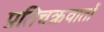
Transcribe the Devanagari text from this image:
प्रतिचक्रवातों